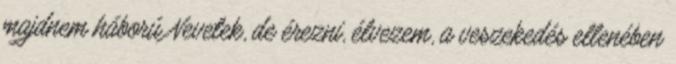
majdnem háború Nevetek, de érezni, élvezem, a veszekedés ellenében